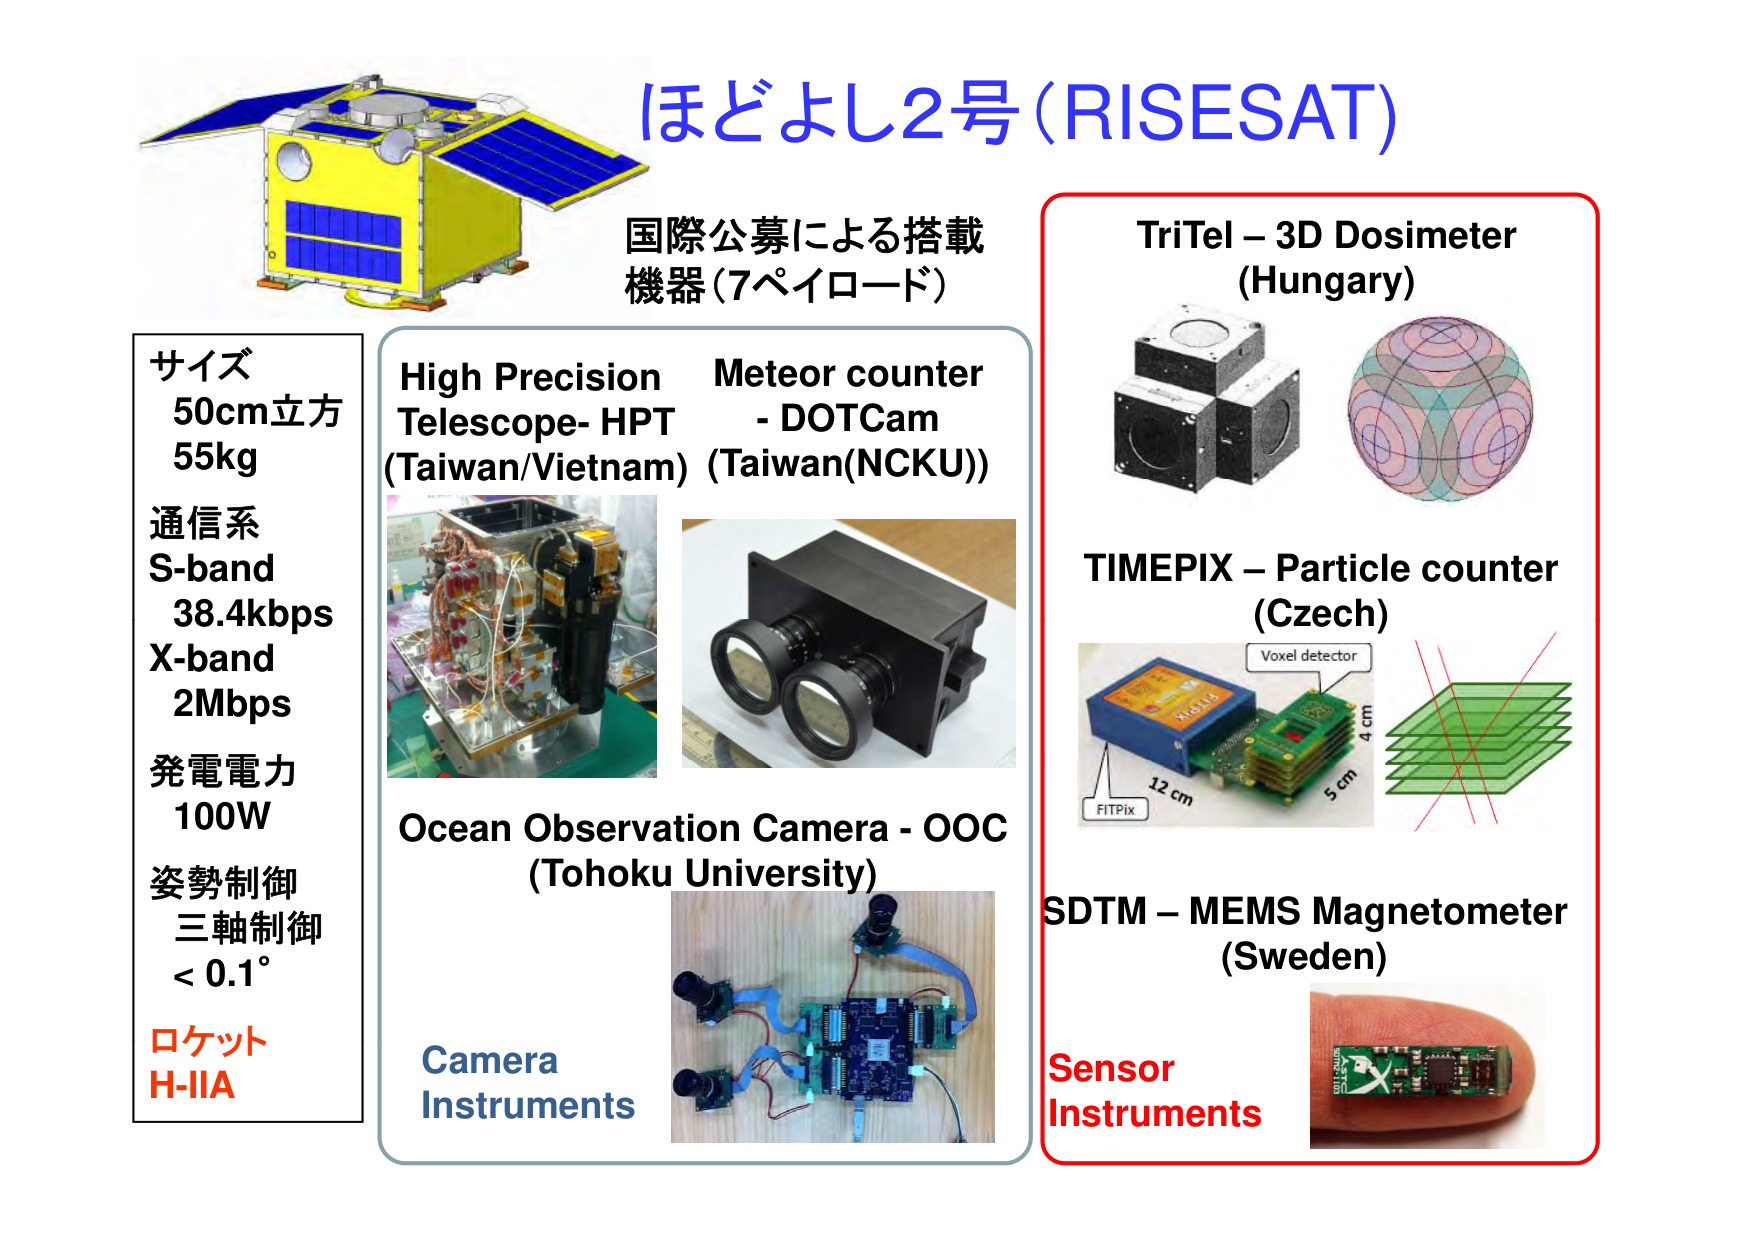
ほどよし2号 (RISESAT)

国際公募による搭載機器 (7ペイロード)

サイズ
50cm立方
55kg

通信系
S-band
38.4kbps
X-band
2Mbps

発電電力
100W

姿勢制御
三軸制御
< 0.1°

ロケット
H-IIA

High Precision Telescope- HPT
(Taiwan/Vietnam)

Meteor counter - DOTCam
(Taiwan(NCKU))

Ocean Observation Camera - OOC
(Tohoku University)

Camera Instruments

TriTel – 3D Dosimeter
(Hungary)

TIMEPIX – Particle counter
(Czech)

Voxel detector
FITPix
12 cm
5 cm
4 cm

SDTM – MEMS Magnetometer
(Sweden)

Sensor Instruments